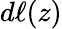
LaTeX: d\ell(z)